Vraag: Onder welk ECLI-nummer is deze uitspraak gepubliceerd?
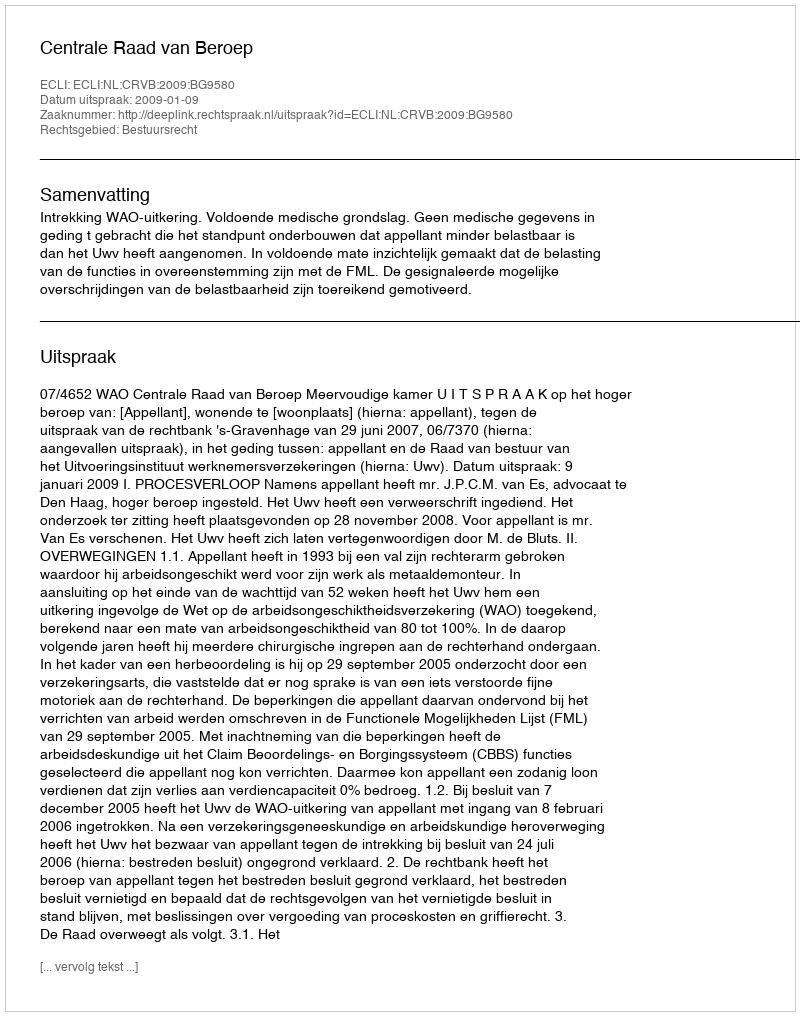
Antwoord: ECLI:NL:CRVB:2009:BG9580